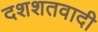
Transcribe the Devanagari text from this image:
दशशतवादी